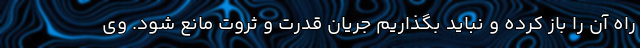
راه آن را باز کرده و نباید بگذاریم جریان قدرت و ثروت مانع شود. وی